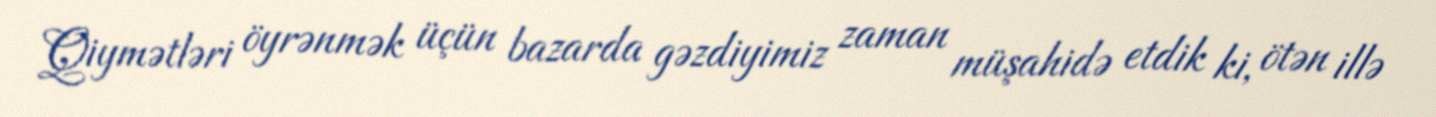
Qiymətləri öyrənmək üçün bazarda gəzdiyimiz zaman müşahidə etdik ki, ötən illə